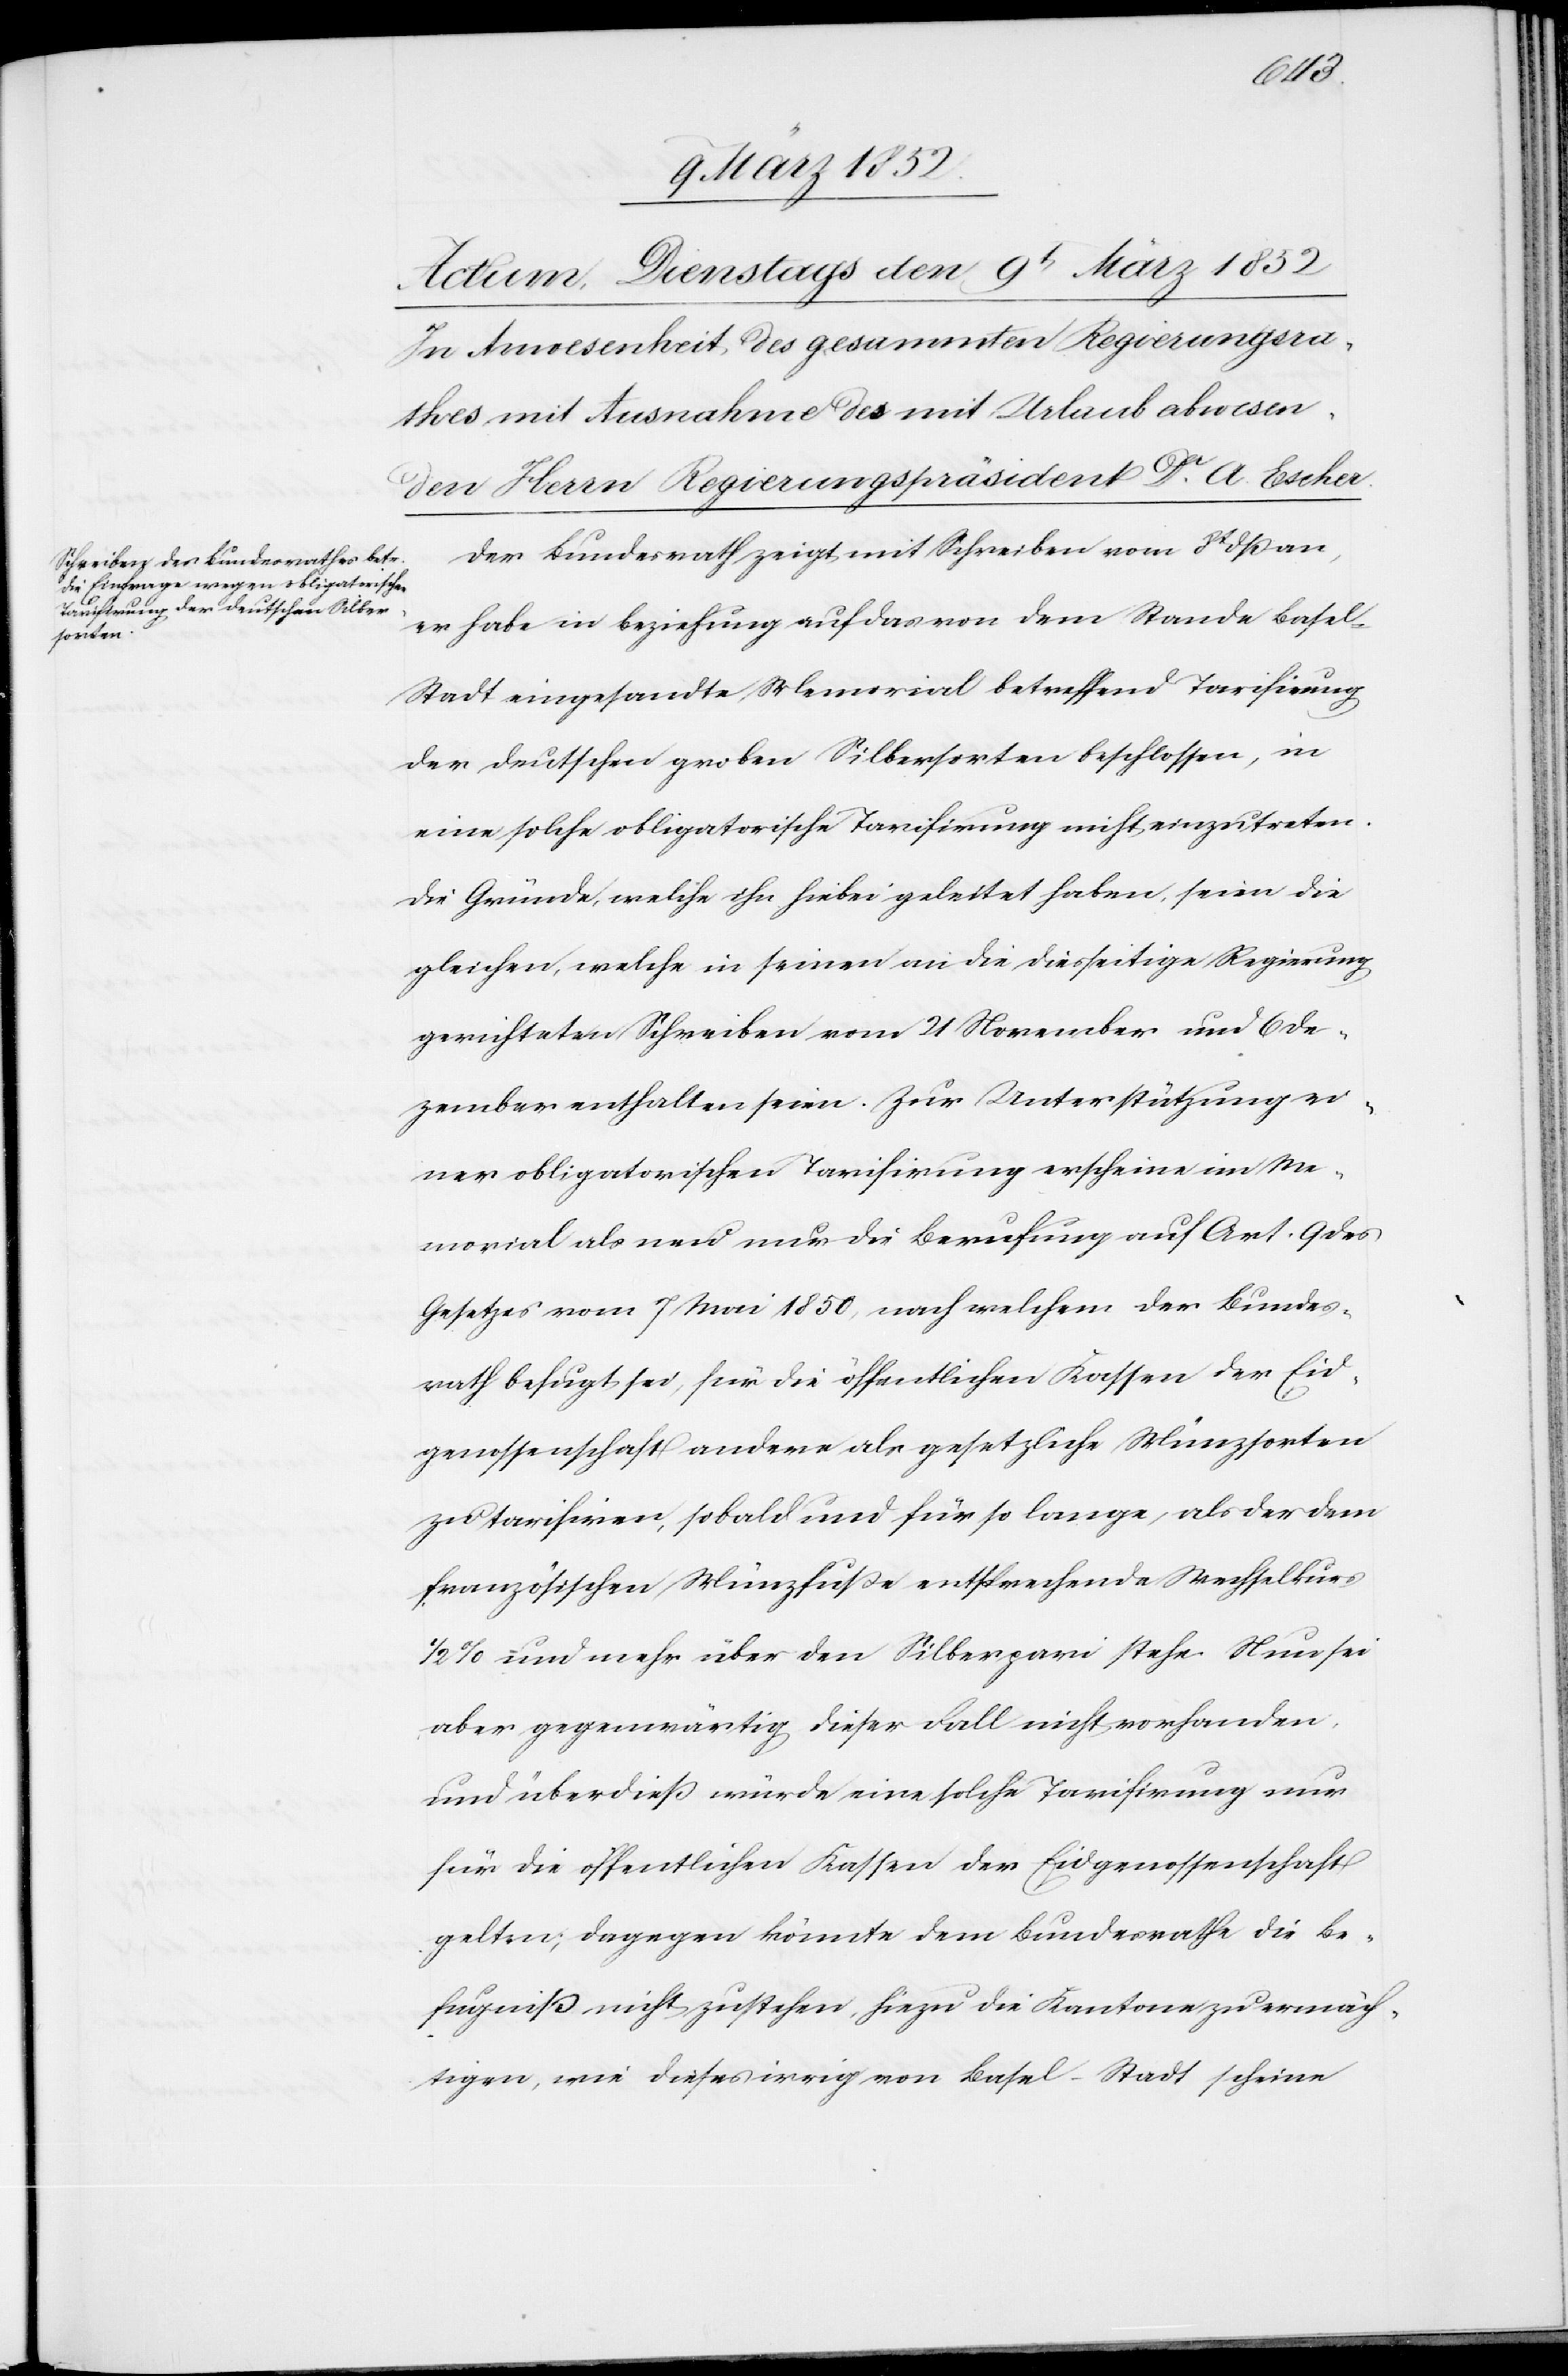
Der Bundesrath zeigt mit Schreiben vom 8t dß,
er habe in Beziehung auf das von dem Stande Basel-S¬
tadt eingesandte Memorial betreffend Tarifirung
der deutschen groben Silbersorten beschlossen, in
eine solche obligatorische Tarifirung nicht einzutreten.
Die Gründe, welche ihn hiebei geleitet haben, seien die
gleichen, welche in seinen an die diesseitige Regierung
gerichteten Schreiben vom 21 November und 6 De¬
zember enthalten seien. Zur Unterstützung ei¬
ner obligatorischen Tarifirung erscheine im Me¬
morial als neu nur die Berufung auf Art. 9 des
Gesetzes vom 7 Mai 1850, nach welchem der Bundes¬
rath befugt sei, für die öffentlichen Kassen der Eid¬
genossenschaft andere als gesetzliche Münzsorten
zu tarifiren, sobald und für so lange, als der dem
französischen Münzfuße entsprechende Wechselkurs
1/2% und mehr über den Silberpari stehe. Nun sei
aber gegenwärtig dieser Fall nicht vorhanden,
und überdieß würde eine solche Tarifirung nur
für die öffentlichen Kassen der Eidgenossenschaft
gelten, dagegen könnte dem Bundesrathe die Be¬
fugniß nicht zustehen, hiezu die Kantone zu ermäch¬
tigen, wie dieses irrig von Basel-Stadt scheine